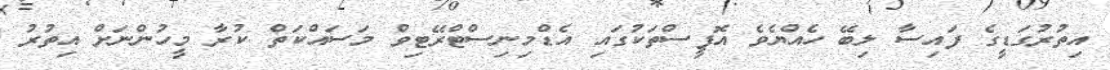
އިތުރުގަޑީގެ ފައިސާ ލިބޭ ހެއްޔެވެ އޮފީސްތަކުގައި އެޑްމިނިސްޓްރޭޓިވް މަސައްކަތް ކުރާ މީހުންނަށް އިތުރު